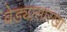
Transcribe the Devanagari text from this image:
वेड्यासारखा